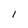
Character: 1